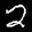
Label: 2